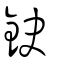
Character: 鉂